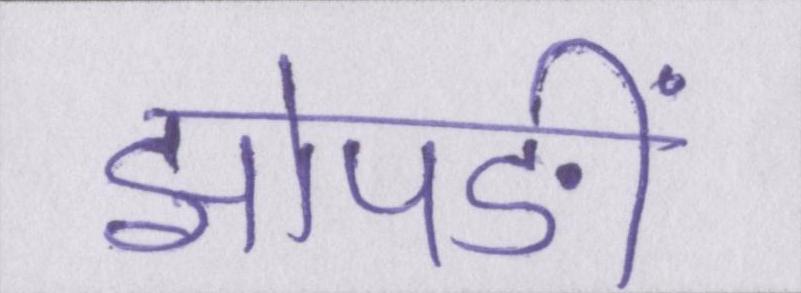
झोपङीं